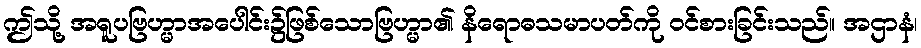
ဤသို့ အရူပဗြဟ္မာအပေါင်း၌ဖြစ်သောဗြဟ္မာ၏ နိရောဓသမာပတ်ကို ဝင်စားခြင်းသည်။ အဌာနံ၊